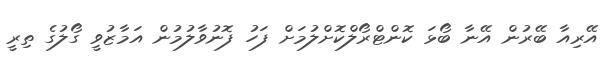
އޭރިއާ ބޭރުން އޭނާ ބޯޅަ ކޮންޓްރޯލްކޮށްލުމަށް ފަހު ފޮނުވާލުމުން އަމާޒުވީ ގޯލުގެ ތިރީ